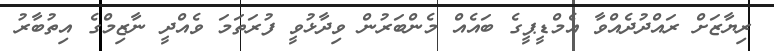
ރިޔާޒަށް ރައްދުދެއްވާ އެމްޑީޕީގެ ބައެއް މެންބަރުން ވިދާޅުވީ ފުރަތަމަ ވެއްދީ ނާޒިމްގެ އިތުބާރު